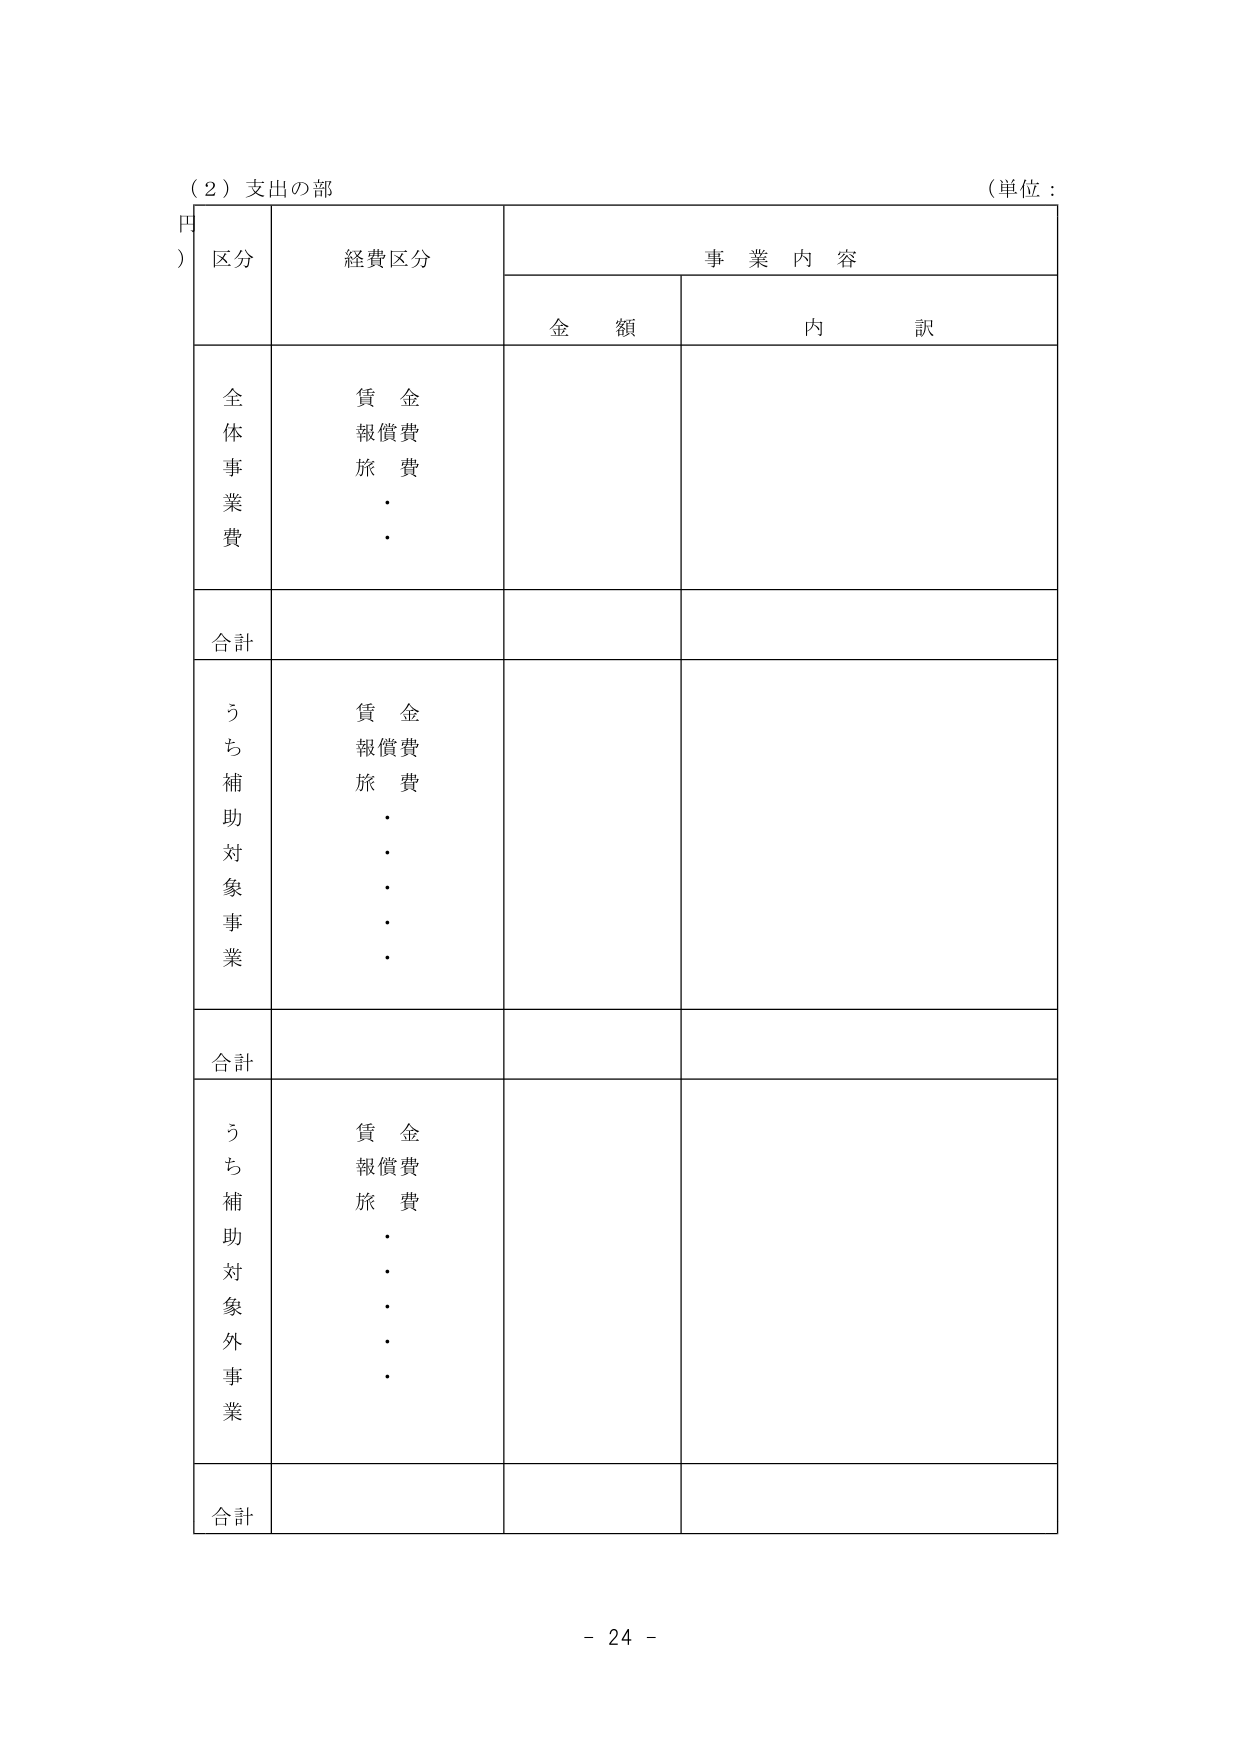
（２）支出の部
（単位：円）
区分 経費区分 事業内容
金額 内訳
全体事業費 賃金 報償費 旅費 ． ．
合計
うち補助対象事業 賃金 報償費 旅費 ． ． ． ． ．
合計
うち補助対象外事業 賃金 報償費 旅費 ． ． ． ． ．
合計
- 24 -